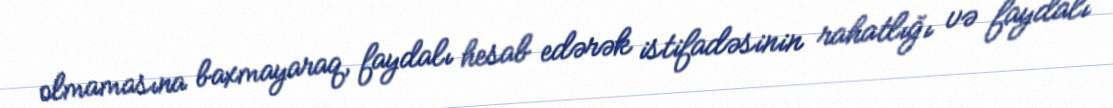
olmamasına baxmayaraq, faydalı hesab edərək istifadəsinin rahatlığı və faydalı